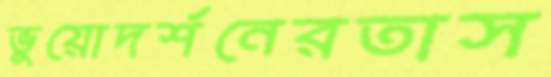
ভুয়োদর্শনেরতাস